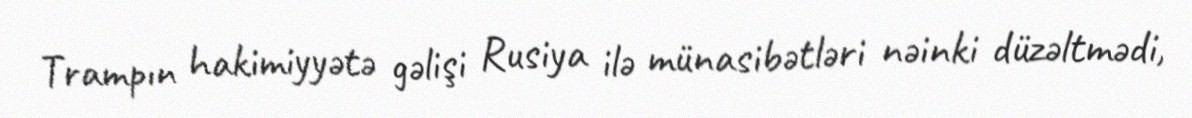
Trampın hakimiyyətə gəlişi Rusiya ilə münasibətləri nəinki düzəltmədi,